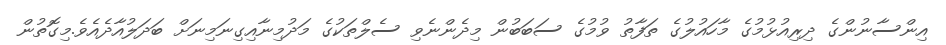
އިންސާނުންގެ ދިރިއުޅުމުގެ މާހައުލުގެ ތަފާތު ވުމުގެ ސަބަބުން މިދެންނެވި ސެލްތަކުގެ މަދުމިނާއިގިނަމިނަށް ބަދަލުއާދެއެވެ.މިގޮތުން